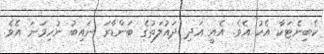
ކެބިނެޓަކާ އެކު އެވެ. އެއީ އަދި ދައުލަތުގެ ބަންޑާރަ ނައިބު ނުހިމަނަ އެވެ.